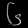
Digit: ၆